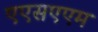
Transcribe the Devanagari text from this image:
एएसएएम